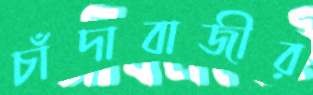
চাঁদাবাজীর